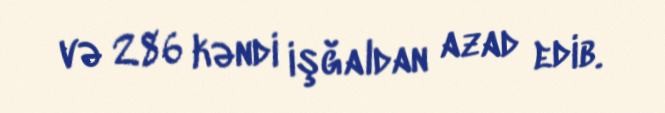
və 286 kəndi işğaldan azad edib.